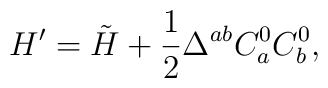
H^{\prime }=\tilde H+\frac 12\Delta ^{ab}C_a^0C_b^0,